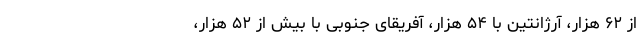
از ۶۲ هزار، آرژانتین با ۵۴ هزار، آفریقای جنوبی با بیش از ۵۲ هزار،